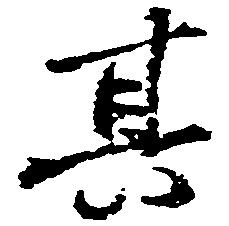
其